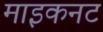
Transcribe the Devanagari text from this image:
माइकनट